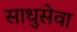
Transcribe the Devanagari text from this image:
साधुसेवा